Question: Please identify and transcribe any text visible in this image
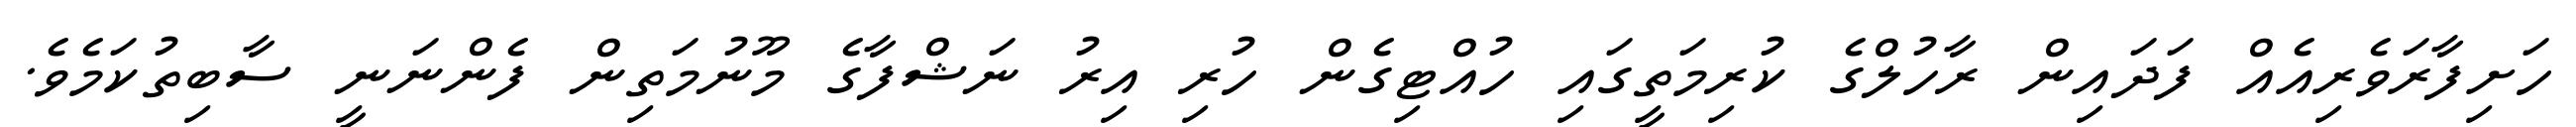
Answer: ހަށިފާރަވެރިއެއް ފަދައިން ރާހުލްގެ ކުރިމަތީގައި ހުއްޓިގެން ހުރި އިރު ނަޝްފާގެ މޫނުމަތިން ފެންނަނީ ސާބިތުކަމެވެ.